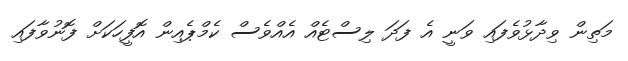
މަތިން ވިދާޅުވެފައި ވަނީ އެ ފަދަ ލިސްޓެއް އެއްވެސް ކެމްޕެއިން އޮފީހަކަށް ފޮނުވާފައި